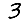
Digit: 3